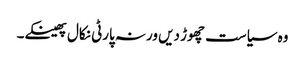
وہ سیاست چھوڑ دیں ورنہ پارٹی نکال پھینکے۔